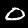
Label: 0